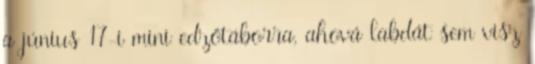
a június 17-i mini edzőtáborra, ahová labdát sem visz